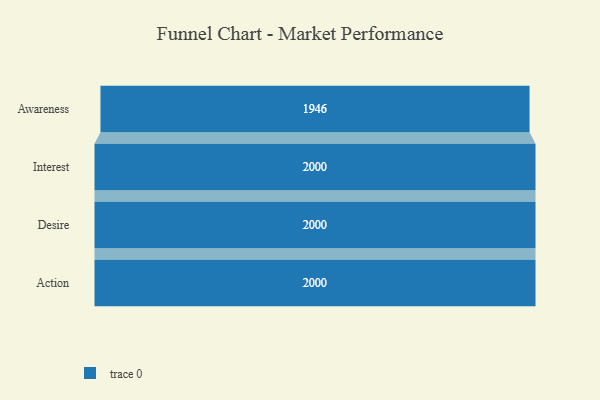
{"axis": {"x": "Stage", "y": "Value"}, "legend": [""], "data": [{"x": "Awareness", "y": 1946.0, "type": ""}, {"x": "Interest", "y": 2000, "type": ""}, {"x": "Desire", "y": 2000, "type": ""}, {"x": "Action", "y": 2000, "type": ""}]}